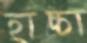
হাচ্চা